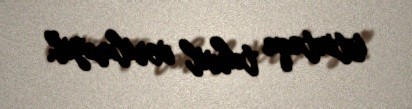
istintaqa təhvil verilməyib.